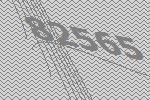
82565